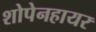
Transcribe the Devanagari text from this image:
शोपेनहायर